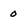
Character: 0